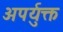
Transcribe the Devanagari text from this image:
अपर्युक्त